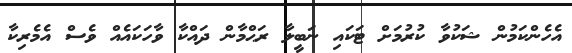
އެހެންކަމުން ޝަކުވާ ކުރުމަށް ޓަކައި ނަބީލާ ރަޙްމާން ދައްކާ ވާހަކައެއް ވެސް އެމެރިކާ